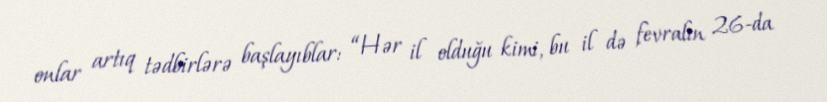
onlar artıq tədbirlərə başlayıblar: “Hər il olduğu kimi, bu il də fevralın 26-da